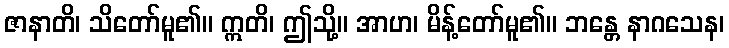
ဇာနာတိ၊ သိတော်မူ၏။ ဣတိ၊ ဤသို့။ အာဟ၊ မိန့်တော်မူ၏။ ဘန္တေ နာဂသေန၊